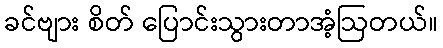
ခင်ဗျား စိတ် ပြောင်းသွားတာအံ့ဩတယ်။